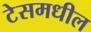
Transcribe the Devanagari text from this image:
टेसमधील